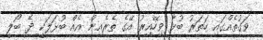
ވަގުތެއްގައި ހަތަރު ބުޅާ ވިހޭއިރު އޭގެ ތެރެއިން އެއް ބުޅަލަކީ ދެ ބޯލީ